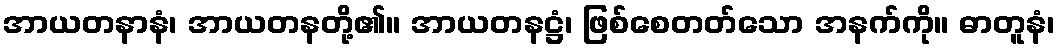
အာယတနာနံ၊ အာယတနတို့၏။ အာယတနဋ္ဌံ၊ ဖြစ်စေတတ်သော အနက်ကို။ ဓာတူနံ၊